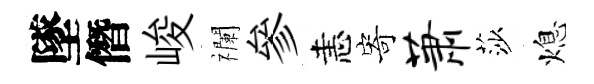
墜僭峻襴參恚寄萧莎熄